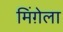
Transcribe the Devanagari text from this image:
मिंग़ेला